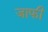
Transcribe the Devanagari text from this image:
जाफी